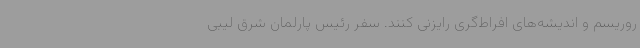
روریسم و اندیشه‌های افراط‌گری رایزنی کنند. سفر رئیس پارلمان شرق لیبی